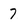
Character: 7